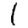
Digit: 1